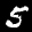
Label: 5